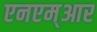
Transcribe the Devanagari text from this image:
एनएम्आर